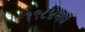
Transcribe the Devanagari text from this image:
१९८४मधे